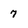
Character: 7